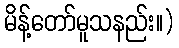
မိန့်တော်မူသနည်း။)